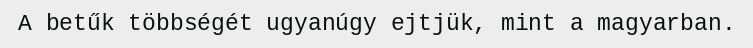
A betűk többségét ugyanúgy ejtjük, mint a magyarban.